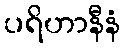
ပရိဟာနီနံ